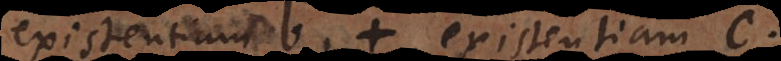
existentiam b + existentiam c.